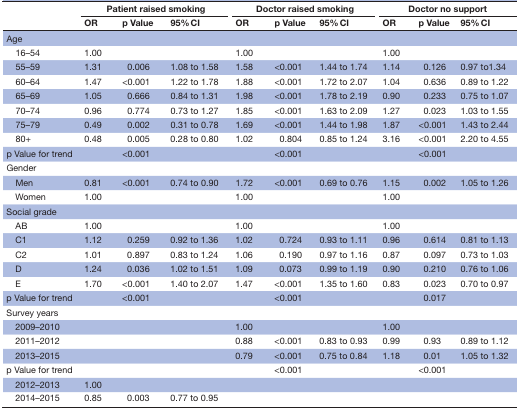
<table><thead><tr><td rowspan="2"></td><td colspan="3"><b>Patient raised smoking</b></td><td colspan="3"><b>Doctor raised smoking</b></td><td colspan="3"><b>Doctor no support</b></td></tr><tr><td><b>OR</b></td><td><b>p Value</b></td><td><b>95% CI</b></td><td><b>OR</b></td><td><b>p Value</b></td><td><b>95% CI</b></td><td><b>OR</b></td><td><b>p Value</b></td><td><b>95% CI</b></td></tr></thead><tbody><tr><td>Age</td><td></td><td></td><td></td><td></td><td></td><td></td><td></td><td></td><td></td></tr><tr><td> 16–54</td><td>1.00</td><td></td><td></td><td>1.00</td><td></td><td></td><td>1.00</td><td></td><td></td></tr><tr><td> 55–59</td><td>1.31</td><td>0.006</td><td>1.08 to 1.58</td><td>1.58</td><td>&lt;0.001</td><td>1.44 to 1.74</td><td>1.14</td><td>0.126</td><td>0.97 to1.34</td></tr><tr><td> 60–64</td><td>1.47</td><td>&lt;0.001</td><td>1.22 to 1.78</td><td>1.88</td><td>&lt;0.001</td><td>1.72 to 2.07</td><td>1.04</td><td>0.636</td><td>0.89 to 1.22</td></tr><tr><td> 65–69</td><td>1.05</td><td>0.666</td><td>0.84 to 1.31</td><td>1.98</td><td>&lt;0.001</td><td>1.78 to 2.19</td><td>0.90</td><td>0.233</td><td>0.75 to 1.07</td></tr><tr><td> 70–74</td><td>0.96</td><td>0.774</td><td>0.73 to 1.27</td><td>1.85</td><td>&lt;0.001</td><td>1.63 to 2.09</td><td>1.27</td><td>0.023</td><td>1.03 to 1.55</td></tr><tr><td> 75–79</td><td>0.49</td><td>0.002</td><td>0.31 to 0.78</td><td>1.69</td><td>&lt;0.001</td><td>1.44 to 1.98</td><td>1.87</td><td>&lt;0.001</td><td>1.43 to 2.44</td></tr><tr><td> 80+</td><td>0.48</td><td>0.005</td><td>0.28 to 0.80</td><td>1.02</td><td>0.804</td><td>0.85 to 1.24</td><td>3.16</td><td>&lt;0.001</td><td>2.20 to 4.55</td></tr><tr><td colspan="2">p Value for trend</td><td>&lt;0.001</td><td></td><td></td><td>&lt;0.001</td><td></td><td></td><td>&lt;0.001</td><td></td></tr><tr><td>Gender</td><td></td><td></td><td></td><td></td><td></td><td></td><td></td><td></td><td></td></tr><tr><td> Men</td><td>0.81</td><td>&lt;0.001</td><td>0.74 to 0.90</td><td>1.72</td><td>&lt;0.001</td><td>0.69 to 0.76</td><td>1.15</td><td>0.002</td><td>1.05 to 1.26</td></tr><tr><td> Women</td><td>1.00</td><td></td><td></td><td>1.00</td><td></td><td></td><td>1.00</td><td></td><td></td></tr><tr><td>Social grade</td><td></td><td></td><td></td><td></td><td></td><td></td><td></td><td></td><td></td></tr><tr><td> AB</td><td>1.00</td><td></td><td></td><td>1.00</td><td></td><td></td><td>1.00</td><td></td><td></td></tr><tr><td> C1</td><td>1.12</td><td>0.259</td><td>0.92 to 1.36</td><td>1.02</td><td>0.724</td><td>0.93 to 1.11</td><td>0.96</td><td>0.614</td><td>0.81 to 1.13</td></tr><tr><td> C2</td><td>1.01</td><td>0.897</td><td>0.83 to 1.24</td><td>1.06</td><td>0.190</td><td>0.97 to 1.16</td><td>0.87</td><td>0.097</td><td>0.73 to 1.03</td></tr><tr><td> D</td><td>1.24</td><td>0.036</td><td>1.02 to 1.51</td><td>1.09</td><td>0.073</td><td>0.99 to 1.19</td><td>0.90</td><td>0.210</td><td>0.76 to 1.06</td></tr><tr><td> E</td><td>1.70</td><td>&lt;0.001</td><td>1.40 to 2.07</td><td>1.47</td><td>&lt;0.001</td><td>1.35 to 1.60</td><td>0.83</td><td>0.023</td><td>0.70 to 0.97</td></tr><tr><td colspan="2">p Value for trend</td><td>&lt;0.001</td><td></td><td></td><td>&lt;0.001</td><td></td><td></td><td>0.017</td><td></td></tr><tr><td>Survey years</td><td></td><td></td><td></td><td></td><td></td><td></td><td></td><td></td><td></td></tr><tr><td> 2009–2010</td><td></td><td></td><td></td><td>1.00</td><td></td><td></td><td>1.00</td><td></td><td></td></tr><tr><td> 2011–2012</td><td></td><td></td><td></td><td>0.88</td><td>&lt;0.001</td><td>0.83 to 0.93</td><td>0.99</td><td>0.93</td><td>0.89 to 1.12</td></tr><tr><td> 2013–2015</td><td></td><td></td><td></td><td>0.79</td><td>&lt;0.001</td><td>0.75 to 0.84</td><td>1.18</td><td>0.01</td><td>1.05 to 1.32</td></tr><tr><td colspan="2">p Value for trend</td><td></td><td></td><td></td><td>&lt;0.001</td><td></td><td></td><td>&lt;0.001</td><td></td></tr><tr><td> 2012–2013</td><td>1.00</td><td></td><td></td><td></td><td></td><td></td><td></td><td></td><td></td></tr><tr><td> 2014–2015</td><td>0.85</td><td>0.003</td><td>0.77 to 0.95</td><td></td><td></td><td></td><td></td><td></td><td></td></tr></tbody></table>